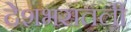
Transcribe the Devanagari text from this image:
देशभरातली